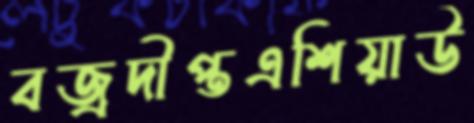
বজ্রদীপ্তএশিয়াউ